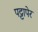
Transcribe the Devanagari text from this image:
पट्टापेर